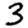
Digit: 3